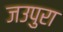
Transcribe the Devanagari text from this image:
जउपुरा